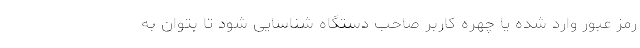
رمز عبور وارد شده یا چهره کاربر صاحب دستگاه شناسایی شود تا بتوان به